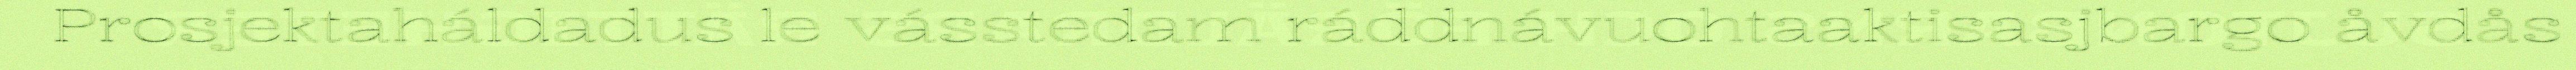
Prosjektaháldadus le vásstedam ráddnávuohtaaktisasjbargo åvdås